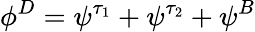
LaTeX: \phi^{D}=\psi^{\tau_{1}}+\psi^{\tau_{2}}+\psi^{B}